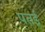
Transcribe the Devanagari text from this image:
पतई